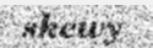
skewy